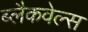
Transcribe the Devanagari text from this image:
ब्‍लैकवेल्‍स